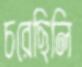
চরেছিলি